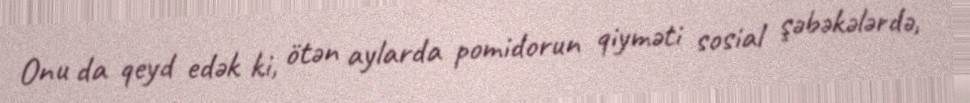
Onu da qeyd edək ki, ötən aylarda pomidorun qiyməti sosial şəbəkələrdə,